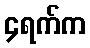
၄ရက်က